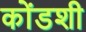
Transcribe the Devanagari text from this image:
कोंडशी